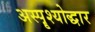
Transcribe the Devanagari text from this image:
अस्पॄश्योद्धार